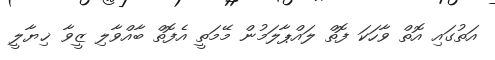
އަތުގައި އޮތް ވާހަކަ ފޮތް ލައްޕާލަމުން މޭމަތީ އެފޮތް ބާއްވާލި ޒީވާ ޚިޔާލީ